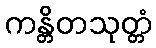
ကန္တိတသုတ္တံ